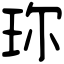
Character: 珎